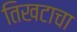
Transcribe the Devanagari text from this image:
तिखटाचा